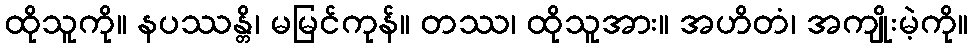
ထိုသူကို။ နပဿန္တိ၊ မမြင်ကုန်။ တဿ၊ ထိုသူအား။ အဟိတံ၊ အကျိုးမဲ့ကို။